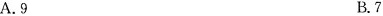
A.9 B.7